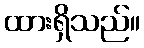
ထားရှိသည်။